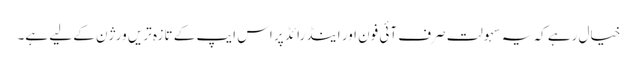
خیال رہے کہ یہ سہولت صرف آئی فون اور اینڈرائڈ پر اس ایپ کے تازہ تریں ورژن کے لیے ہے۔